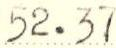
52.37